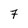
Character: 7